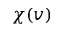
\chi ( v )